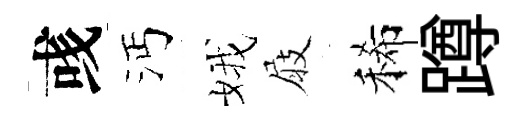
彧沔娥屐稀蹲